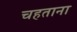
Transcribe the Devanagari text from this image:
चहताना